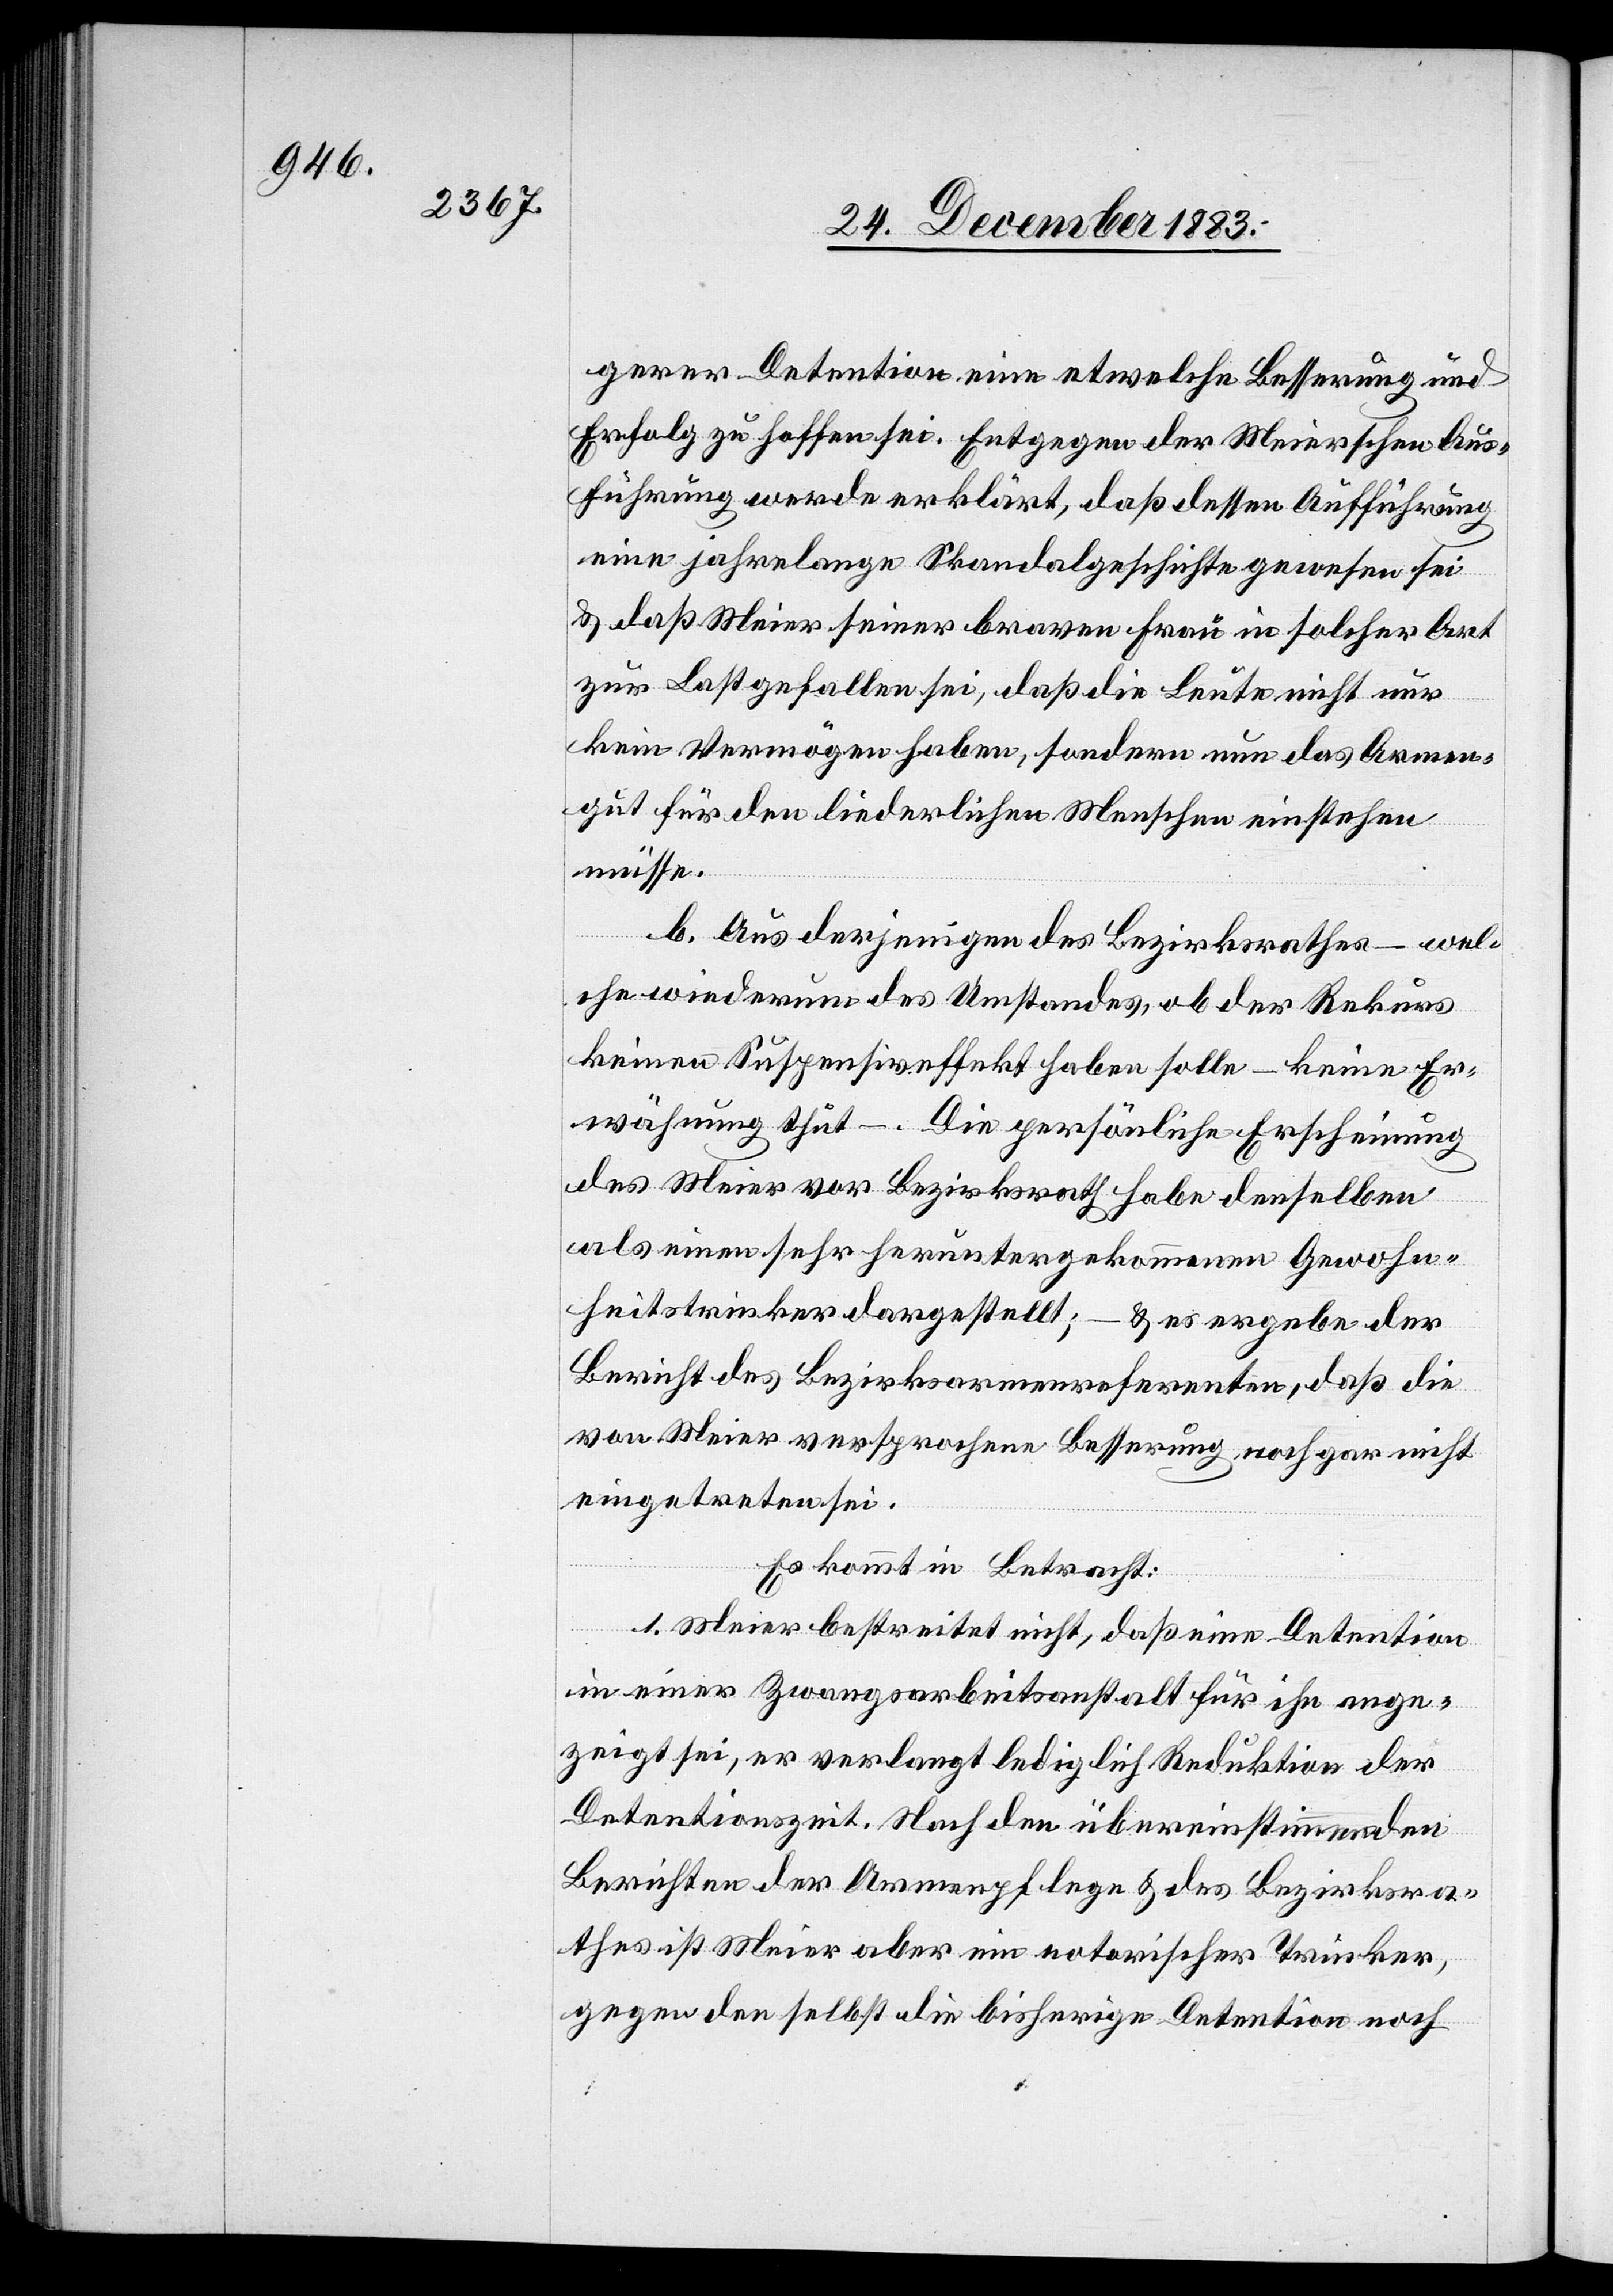
gerer Detention eine etwelche Besserung und
Erfolg zu hoffen sei. Entgegen der Meierschen Aus¬
führung werde erklärt, daß dessen Aufführung
eine jahrelange Skandalgeschichte gewesen sei
& daß Meier seiner braven Frau in solcher Art
zur Last gefallen sei, daß die Leute nicht nur
kein Vermögen haben, sondern nun das Armen¬
gut für den liederlichen Menschen einstehen
müsse.
b. Aus derjenigen des Bezirksrathes – wel¬
che wiederum des Umstandes, ob der Rekurs
keinen Suspensiveffekt haben solle – keine Er¬
wähnung thut –. Die persönliche Erscheinung
des Meier vor Bezirksrath habe denselben
als einen sehr heruntergekommenen Gewohn¬
heitstrinker dargestellt;
& es ergebe der
Bericht des Bezirksarmenreferenten, daß die
vom Meier versprochene Besserung noch gar nicht
eingetreten sei.
Es kommt in Betracht:
1. Meier bestreitet nicht, daß eine Detention
in einer Zwangsarbeitsanstalt für ihn ange¬
zeigt sei, er verlangt lediglich Reduktion der
Detentionszeit. Nach den übereinstimmenden
Berichten der Armenpflege & des Bezirksra¬
thes ist Meier aber ein notorischer Trinker,
gegen den selbst die bisherige Detention noch